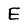
Character: E